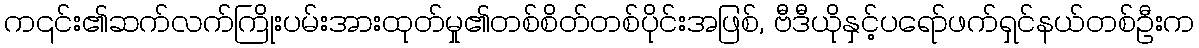
က၎င်း၏ဆက်လက်ကြိုးပမ်းအားထုတ်မှု၏တစ်စိတ်တစ်ပိုင်းအဖြစ်, ဗီဒီယိုနှင့်ပရော်ဖက်ရှင်နယ်တစ်ဦးက